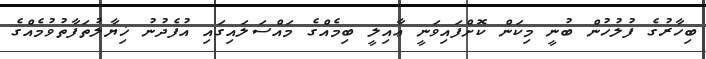
ބިހާރުގެ ފުލުހުން ބުނީ މިކަން ކޮށްފައިވަނީ ޢާއިލީ ބިމެއްގެ މައްސަލައިގައި އުފެދުނު ޚިޔާލުތަފާތުވުމެއްގެ